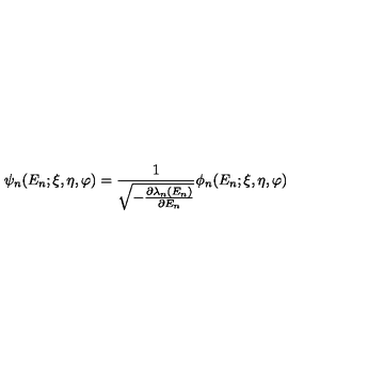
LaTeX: \psi _ { n } ( E _ { n } ; \xi , \eta , \varphi ) = \frac { 1 } { \sqrt { - \frac { \partial \lambda _ { n } ( E _ { n } ) } { \partial E _ { n } } } } \phi _ { n } ( E _ { n } ; \xi , \eta , \varphi )